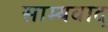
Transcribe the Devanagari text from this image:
साम्यवाद्